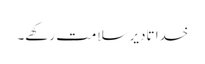
خدا تادیر سلامت رکھے۔